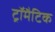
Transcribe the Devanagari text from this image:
ट्रॉमैटिक